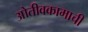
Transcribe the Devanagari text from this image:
ओतीवकामाची